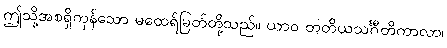
ဤသို့အစရှိကုန်သော မထေရ်မြတ်တို့သည်။ ယာဝ တတိယသင်္ဂီတိကာလာ၊